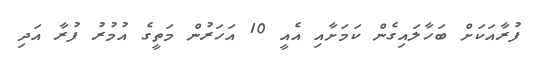
ފުރާއަކަށް ބަހާލައިގެން ކަމަށާއި އެއީ 10 އަހަރުން މަތީގެ އުމުރު ފުރާ އަދި